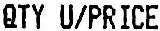
QTY U/PRICE